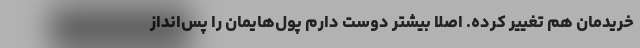
خریدمان هم تغییر کرده. اصلاً بیشتر دوست دارم پول‌هایمان را پس‌انداز